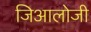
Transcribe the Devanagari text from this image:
जिआलोजी